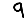
Digit: 9